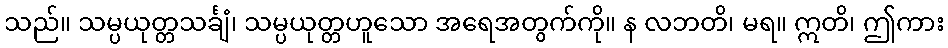
သည်။ သမ္ပယုတ္တသင်္ချံ၊ သမ္ပယုတ္တဟူသော အရေအတွက်ကို။ န လဘတိ၊ မရ။ ဣတိ၊ ဤကား